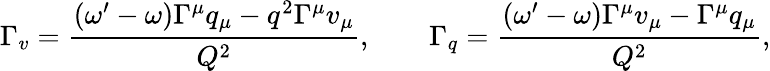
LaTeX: \Gamma_{v}=\frac{(\omega^{\prime}-\omega)\Gamma^{\mu}q_{\mu}-q^{2}\Gamma^{\mu}v_{\mu}}{Q^{2}},\quad\quad\Gamma_{q}=\frac{(\omega^{\prime}-\omega)\Gamma^{\mu}v_{\mu}-\Gamma^{\mu}q_{\mu}}{Q^{2}},